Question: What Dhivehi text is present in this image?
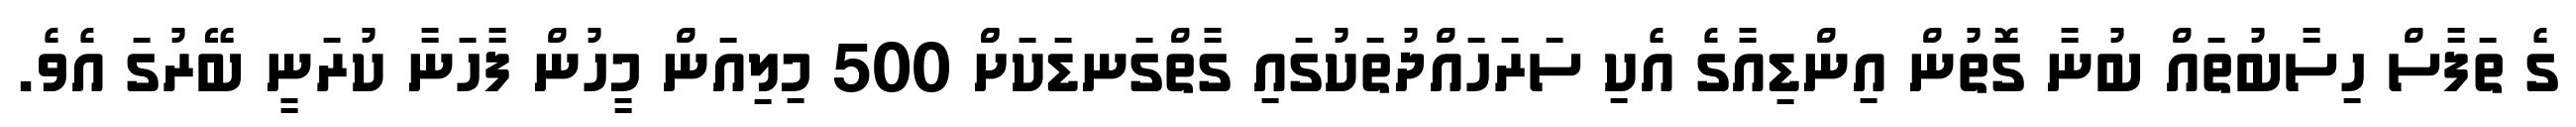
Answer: ގެ ތަފާސް ހިސާބުތައް ބުނާ ގޮތުން އިންޑިއާގެ އެކި ސަރަހައްދުތަކުގައި ގާތްގަނޑަކަށްް 500 މިލިއަން މީހުން ފާހަނާ ކުރަނީ ބޭރުގަ އެވެ.